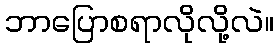
ဘာပြောစရာလိုလို့လဲ။